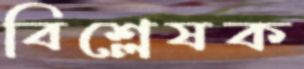
বিশ্লেষক